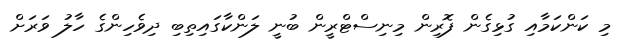
މި ކަންކަމާއި ގުޅިގެން ފޮރިން މިނިސްޓްރީން ބުނީ ލަންކާގައިތިބި ދިވެހިންގެ ހާލު ވަރަށް